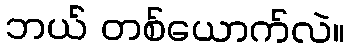
ဘယ် တစ်ယောက်လဲ။